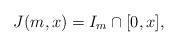
LaTeX: \begin{align*}J(m,x) = I_m \cap [0,x],\end{align*}